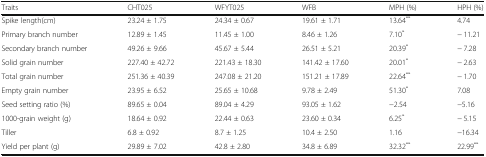
<table><thead><tr><td><b>Traits</b></td><td><b>CHT025</b></td><td><b>WFYT025</b></td><td><b>WFB</b></td><td><b>MPH (%)</b></td><td><b>HPH (%)</b></td></tr></thead><tbody><tr><td>Spike length(cm)</td><td>23.24 ± 1.75</td><td>24.34 ± 0.67</td><td>19.61 ± 1.71</td><td>13.64<sup>**</sup></td><td>4.74</td></tr><tr><td>Primary branch number</td><td>12.89 ± 1.45</td><td>11.45 ± 1.00</td><td>8.46 ± 1.26</td><td>7.10<sup>*</sup></td><td>− 11.21</td></tr><tr><td>Secondary branch number</td><td>49.26 ± 9.66</td><td>45.67 ± 5.44</td><td>26.51 ± 5.21</td><td>20.39<sup>*</sup></td><td>− 7.28</td></tr><tr><td>Solid grain number</td><td>227.40 ± 42.72</td><td>221.43 ± 18.30</td><td>141.42 ± 17.60</td><td>20.01<sup>*</sup></td><td>− 2.63</td></tr><tr><td>Total grain number</td><td>251.36 ± 40.39</td><td>247.08 ± 21.20</td><td>151.21 ± 17.89</td><td>22.64<sup>**</sup></td><td>− 1.70</td></tr><tr><td>Empty grain number</td><td>23.95 ± 6.52</td><td>25.65 ± 10.68</td><td>9.78 ± 2.49</td><td>51.30<sup>*</sup></td><td>7.08</td></tr><tr><td>Seed setting ratio (%)</td><td>89.65 ± 0.04</td><td>89.04 ± 4.29</td><td>93.05 ± 1.62</td><td>−2.54</td><td>−5.16</td></tr><tr><td>1000-grain weight (g)</td><td>18.64 ± 0.92</td><td>22.44 ± 0.63</td><td>23.60 ± 0.34</td><td>6.25<sup>*</sup></td><td>− 5.15</td></tr><tr><td>Tiller</td><td>6.8 ± 0.92</td><td>8.7 ± 1.25</td><td>10.4 ± 2.50</td><td>1.16</td><td>−16.34</td></tr><tr><td>Yield per plant (g)</td><td>29.89 ± 7.02</td><td>42.8 ± 2.80</td><td>34.8 ± 6.89</td><td>32.32<sup>**</sup></td><td>22.99<sup>**</sup></td></tr></tbody></table>